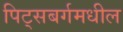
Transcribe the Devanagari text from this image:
पिट्सबर्गमधील